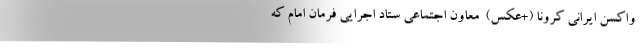
واکسن ایرانی کرونا (+عکس)  معاون اجتماعی ستاد اجرایی فرمان امام که